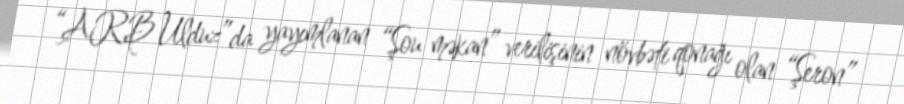
“ARB Ulduz”da yayımlanan “Şou məkan” verilişinin növbəti qonağı olan “Şeron”